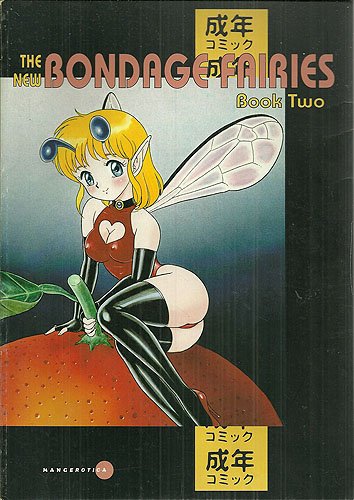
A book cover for Eros Mangerotica : New Bondage Fairies, Book 2; Kondom; Comics & Graphic Novels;